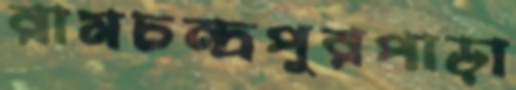
রামচন্দ্রপুরপাড়া